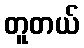
တူတယ်